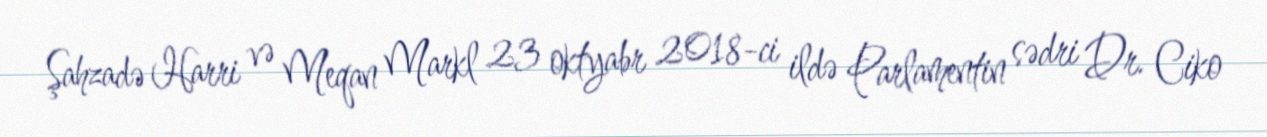
Şahzadə Harri və Meqan Markl 23 oktyabr 2018-ci ildə Parlamentin sədri Dr. Ciko